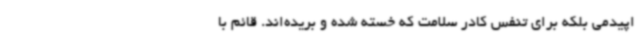
اپیدمی بلکه برای تنفس کادر سلامت که خسته شده و بریده‌اند. قائم با